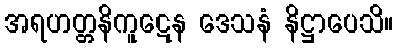
အရဟတ္တနိကူဋေန ဒေသနံ နိဋ္ဌာပေသိ။